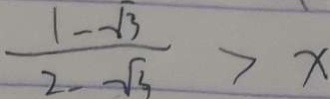
\frac { 1 - \sqrt { 3 } } { 2 - \sqrt { 3 } } > x